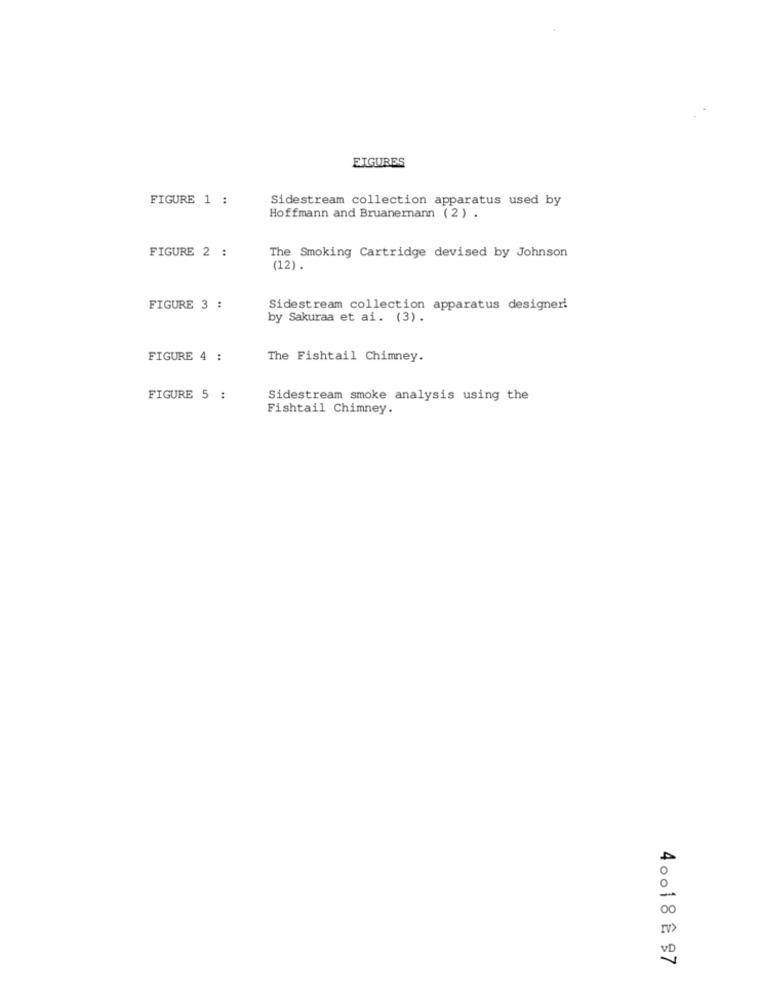
FIGURES
FIGURE 1 :
Sidestream collection apparatus used by
Hoffmann and Bruanernann (2) .
FIGURE 2 :
The Smoking Cartridge devised by Johnson
(12).
FIGURE 3 :
Sidestream collection apparatus designer!
by Sakuraa et ai. (3).
FIGURE 4 :
The Fishtail Chimney.
FIGURE 5 :
Sidestream smoke analysis using the
Fishtail Chimney.
40 0 1 8 Ê 97